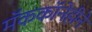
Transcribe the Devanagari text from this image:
मॅककॉनेहीने